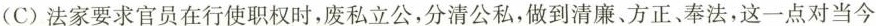
(C)法家要求官员在行使职权时，废私立公，分清公私，做到清廉、方正、奉法，这一点对当今